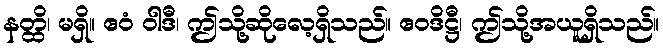
နတ္ထိ၊ မရှိ။ ဧဝံ ဝါဒီ၊ ဤသို့ဆိုလေ့ရှိသည်။ ဧဝဒိဋ္ဌီ၊ ဤသို့အယူရှိသည်။